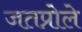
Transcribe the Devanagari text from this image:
जतप्रोले